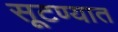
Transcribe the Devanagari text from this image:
सूटण्यात